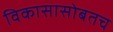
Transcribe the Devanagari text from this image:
विकासासोबतच